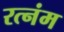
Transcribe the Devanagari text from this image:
रत्नंम